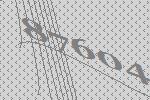
87604